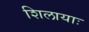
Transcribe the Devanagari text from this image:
शिलायाः